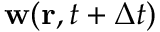
\mathbf { w } ( \mathbf { r } , t + \Delta t )